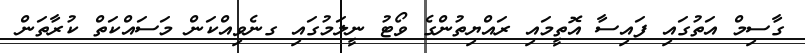
ގާސިމް އަތުގައި ފައިސާ އޮތީމައި ރައްޔިތުންގެ ވޯޓު ނީލަމުގައި ގނެވިއްކަން މަސައްކަތް ކުރާތަން